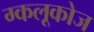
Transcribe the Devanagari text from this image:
ग्कलूकोज